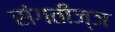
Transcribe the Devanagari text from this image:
संगतीज्ञ